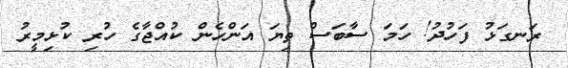
ރަނގަޅު ފަހުދު! ހަމަ ސާބަސް ތިޔަ އަންހެން ކުއްޖާގެ ހުރި ކުޅިމީރު